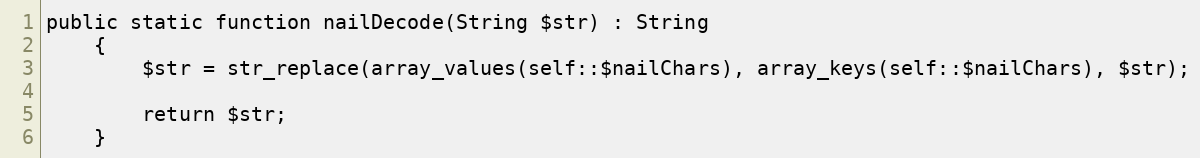
Language: PHP
public static function nailDecode(String $str) : String
    {
        $str = str_replace(array_values(self::$nailChars), array_keys(self::$nailChars), $str);

        return $str;
    }